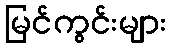
မြင်ကွင်းများ